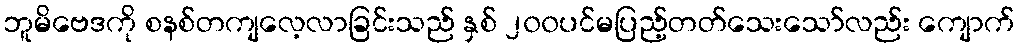
ဘူမိဗေဒကို စနစ်တကျလေ့လာခြင်းသည် နှစ် ၂၀၀ပင်မပြည့်တတ်သေးသော်လည်း ကျောက်